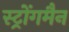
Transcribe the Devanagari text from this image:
स्ट्रोंगमैन